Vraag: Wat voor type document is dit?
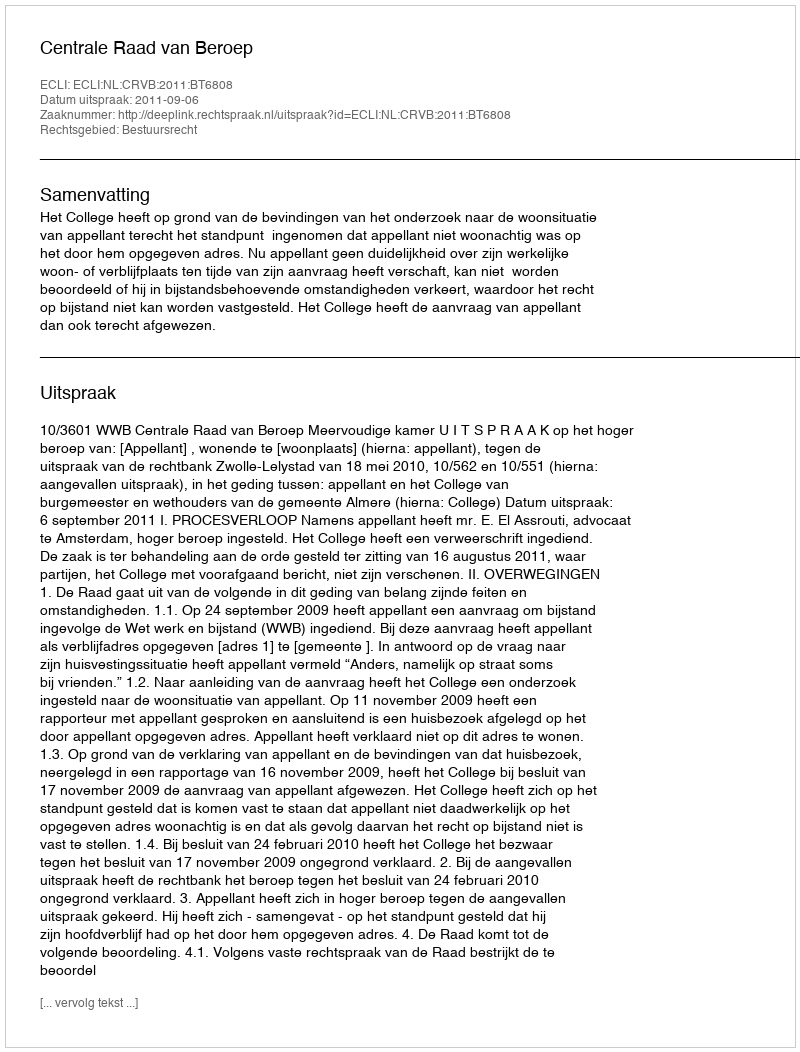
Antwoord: Uitspraak